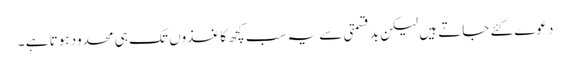
دعوے کئے جاتے ہیں لیکن بدقسمتی سے یہ سب کچھ کاغذوں تک ہی محدود ہوتا ہے ۔